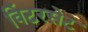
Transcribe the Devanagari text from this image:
विंटरसेट